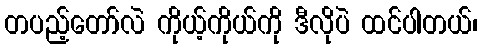
တပည့်တော်လဲ ကိုယ့်ကိုယ်ကို ဒီလိုပဲ ထင်ပါတယ်၊